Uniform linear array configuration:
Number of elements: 4
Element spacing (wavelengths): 0.5
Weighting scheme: binomial
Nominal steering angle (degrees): -30
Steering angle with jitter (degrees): -28.445
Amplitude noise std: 0.05
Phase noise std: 0.05

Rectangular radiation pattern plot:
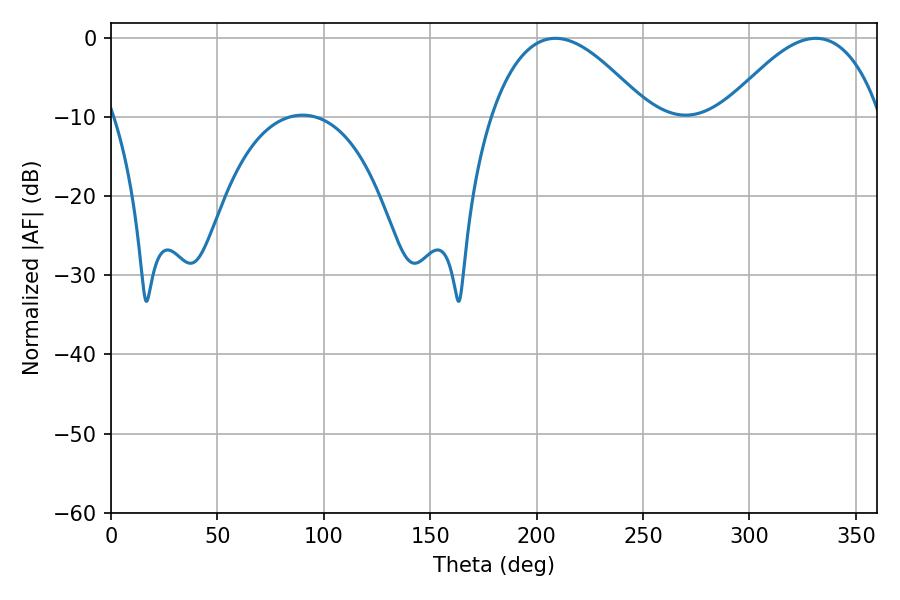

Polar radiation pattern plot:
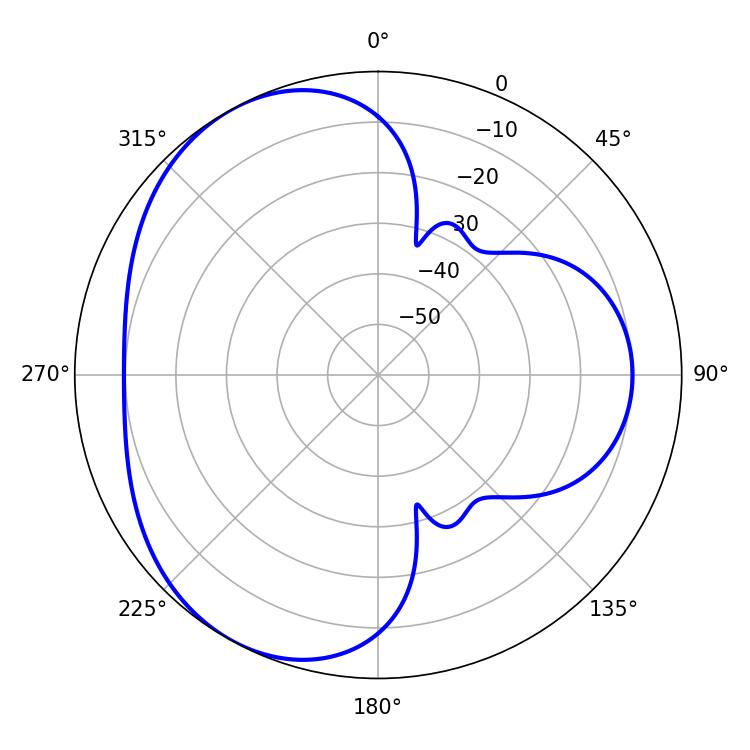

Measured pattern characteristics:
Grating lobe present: FALSE
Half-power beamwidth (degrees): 40.32
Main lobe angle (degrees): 208.8